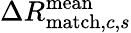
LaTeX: \Delta R_{\mathrm{match},c,s}^{\mathrm{mean}}